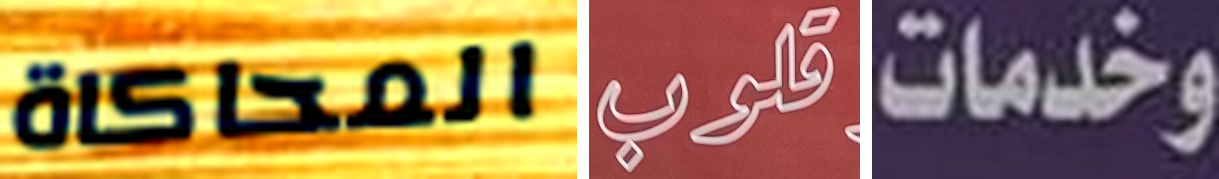
المحاكاة قلوب وخدمات